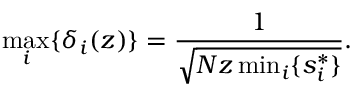
\operatorname* { m a x } _ { i } \{ \delta _ { i } ( z ) \} = \frac { 1 } { \sqrt { N z \operatorname* { m i n } _ { i } \{ s _ { i } ^ { * } \} } } .